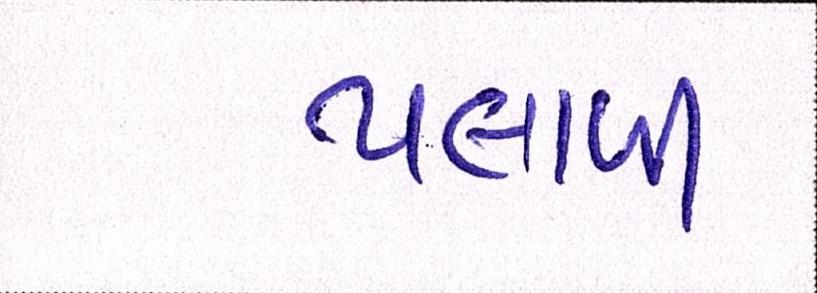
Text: પલાળી